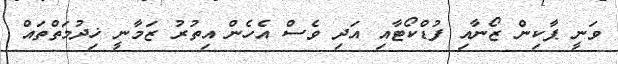
ވަނީ ޕާކިން ޒޯނާއި ފުޑްކޯޓާއި އަދި ވެސް އެހެން އިތުރު ޒަމާނީ ޚިދުމަތްތައް